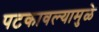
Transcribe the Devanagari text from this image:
पटकावल्यामुळे